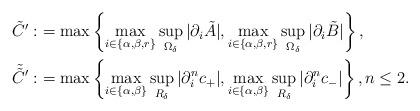
LaTeX: \begin{align*} \tilde{C}':&=\max\left\{\max_{i\in \{\alpha,\beta,r\}}\sup_{\Omega_\delta}|\partial_i\tilde{A}|,\max_{i\in \{\alpha,\beta,r\}}\sup_{\Omega_\delta}|\partial_i\tilde{B}|\right\},\\ \tilde{\tilde{C}}':&=\max\left\{\max_{i\in \{\alpha,\beta\}}\sup_{R_\delta}|\partial_i^nc_+|,\max_{i\in \{\alpha,\beta\}}\sup_{R_\delta}|\partial_i^nc_-|\right\},n\leq 2.\end{align*}